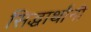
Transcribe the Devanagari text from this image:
सिद्धार्थांनी